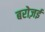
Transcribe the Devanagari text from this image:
बरोज़ई